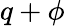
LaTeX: q+\phi